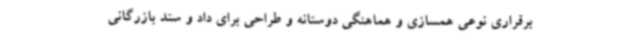
برقراری نوعی همسازی و هماهنگی دوستانه و طراحی برای داد و ستد بازرگانی